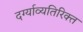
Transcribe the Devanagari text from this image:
दर्ग्याव्यतिरिक्त